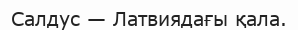
Салдус — Латвиядағы қала.